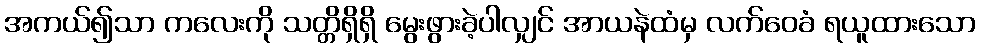
အကယ်၍သာ ကလေးကို သတ္တိရှိရှိ မွေးဖွားခဲ့ပါလျှင် အာယနဲထံမှ လက်ဝေခံ ရယူထားသော